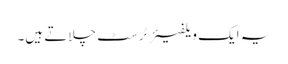
یہ ایک ویلفیئر ٹرسٹ چلاتے ہیں۔